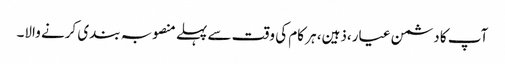
آپ کا دشمن عیار،ذہین، ہر کام کی وقت سے پہلے منصوبہ بندی کرنے والا۔